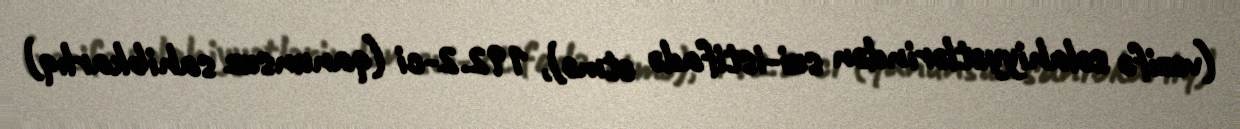
(vəzifə səlahiyyətlərindən sui-istifadə etmə), 192.2-ci (qanunsuz sahibkarlıq)